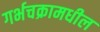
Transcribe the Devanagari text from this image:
गर्भचक्रामधील